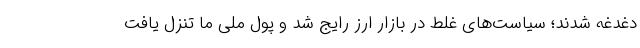
دغدغه شدند؛ سیاست‌های غلط در بازار ارز رایج شد و پول ملی ما تنزل یافت